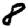
Digit: 8